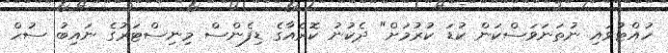
ހުއްޓުވައި ނުތަނަވަސްކަން ކުޑަ ކުރުމަށް" ދެކުނު ކޮރެއާގެ ޑިފެންސް މިނިސްޓަރުގެ ނައިބު ސުހް